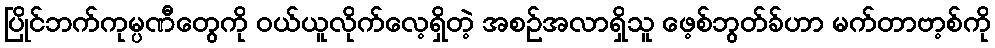
ပြိုင်ဘက်ကုမ္ပဏီတွေကို ဝယ်ယူလိုက်လေ့ရှိတဲ့ အစဉ်အလာရှိသူ ဖေ့စ်ဘွတ်ခ်ဟာ မက်တာဗာ့စ်ကို